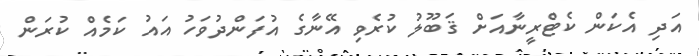
އަދި އެކަން ކެޓްރީނާއަށް ޤަބޫލު ކުރެވި އޭނާގެ އުފަންދުވަހު އައު ކަމެއް ކުރަން